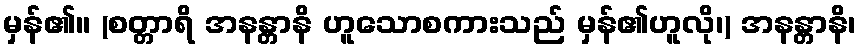
မှန်၏။ (စတ္တာရိ အနန္တာနိ ဟူသောစကားသည် မှန်၏ဟူလို၊) အနန္တာနိ၊